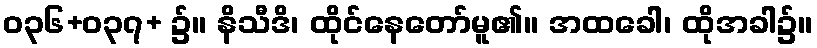
ဝ၃၆+ဝ၃၇+ ၌။ နိသီဒိ၊ ထိုင်နေတော်မူ၏။ အထခေါ၊ ထိုအခါ၌။